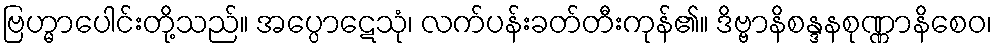
ဗြဟ္မာပေါင်းတို့သည်။ အပ္ပောဋေသုံ၊ လက်ပန်းခတ်တီးကုန်၏။ ဒိဗ္ဗာနိစန္ဒနစုဏ္ဏာနိစေဝ၊